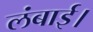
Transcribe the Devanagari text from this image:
लंबाई।